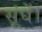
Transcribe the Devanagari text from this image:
सूंघें।